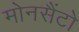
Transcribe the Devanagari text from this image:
मोनसैंटो